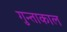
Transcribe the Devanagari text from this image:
गुन्ताकाल